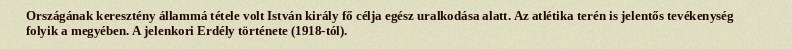
Országának keresztény állammá tétele volt István király fő célja egész uralkodása alatt. Az atlétika terén is jelentős tevékenység folyik a megyében. A jelenkori Erdély története (1918-tól).